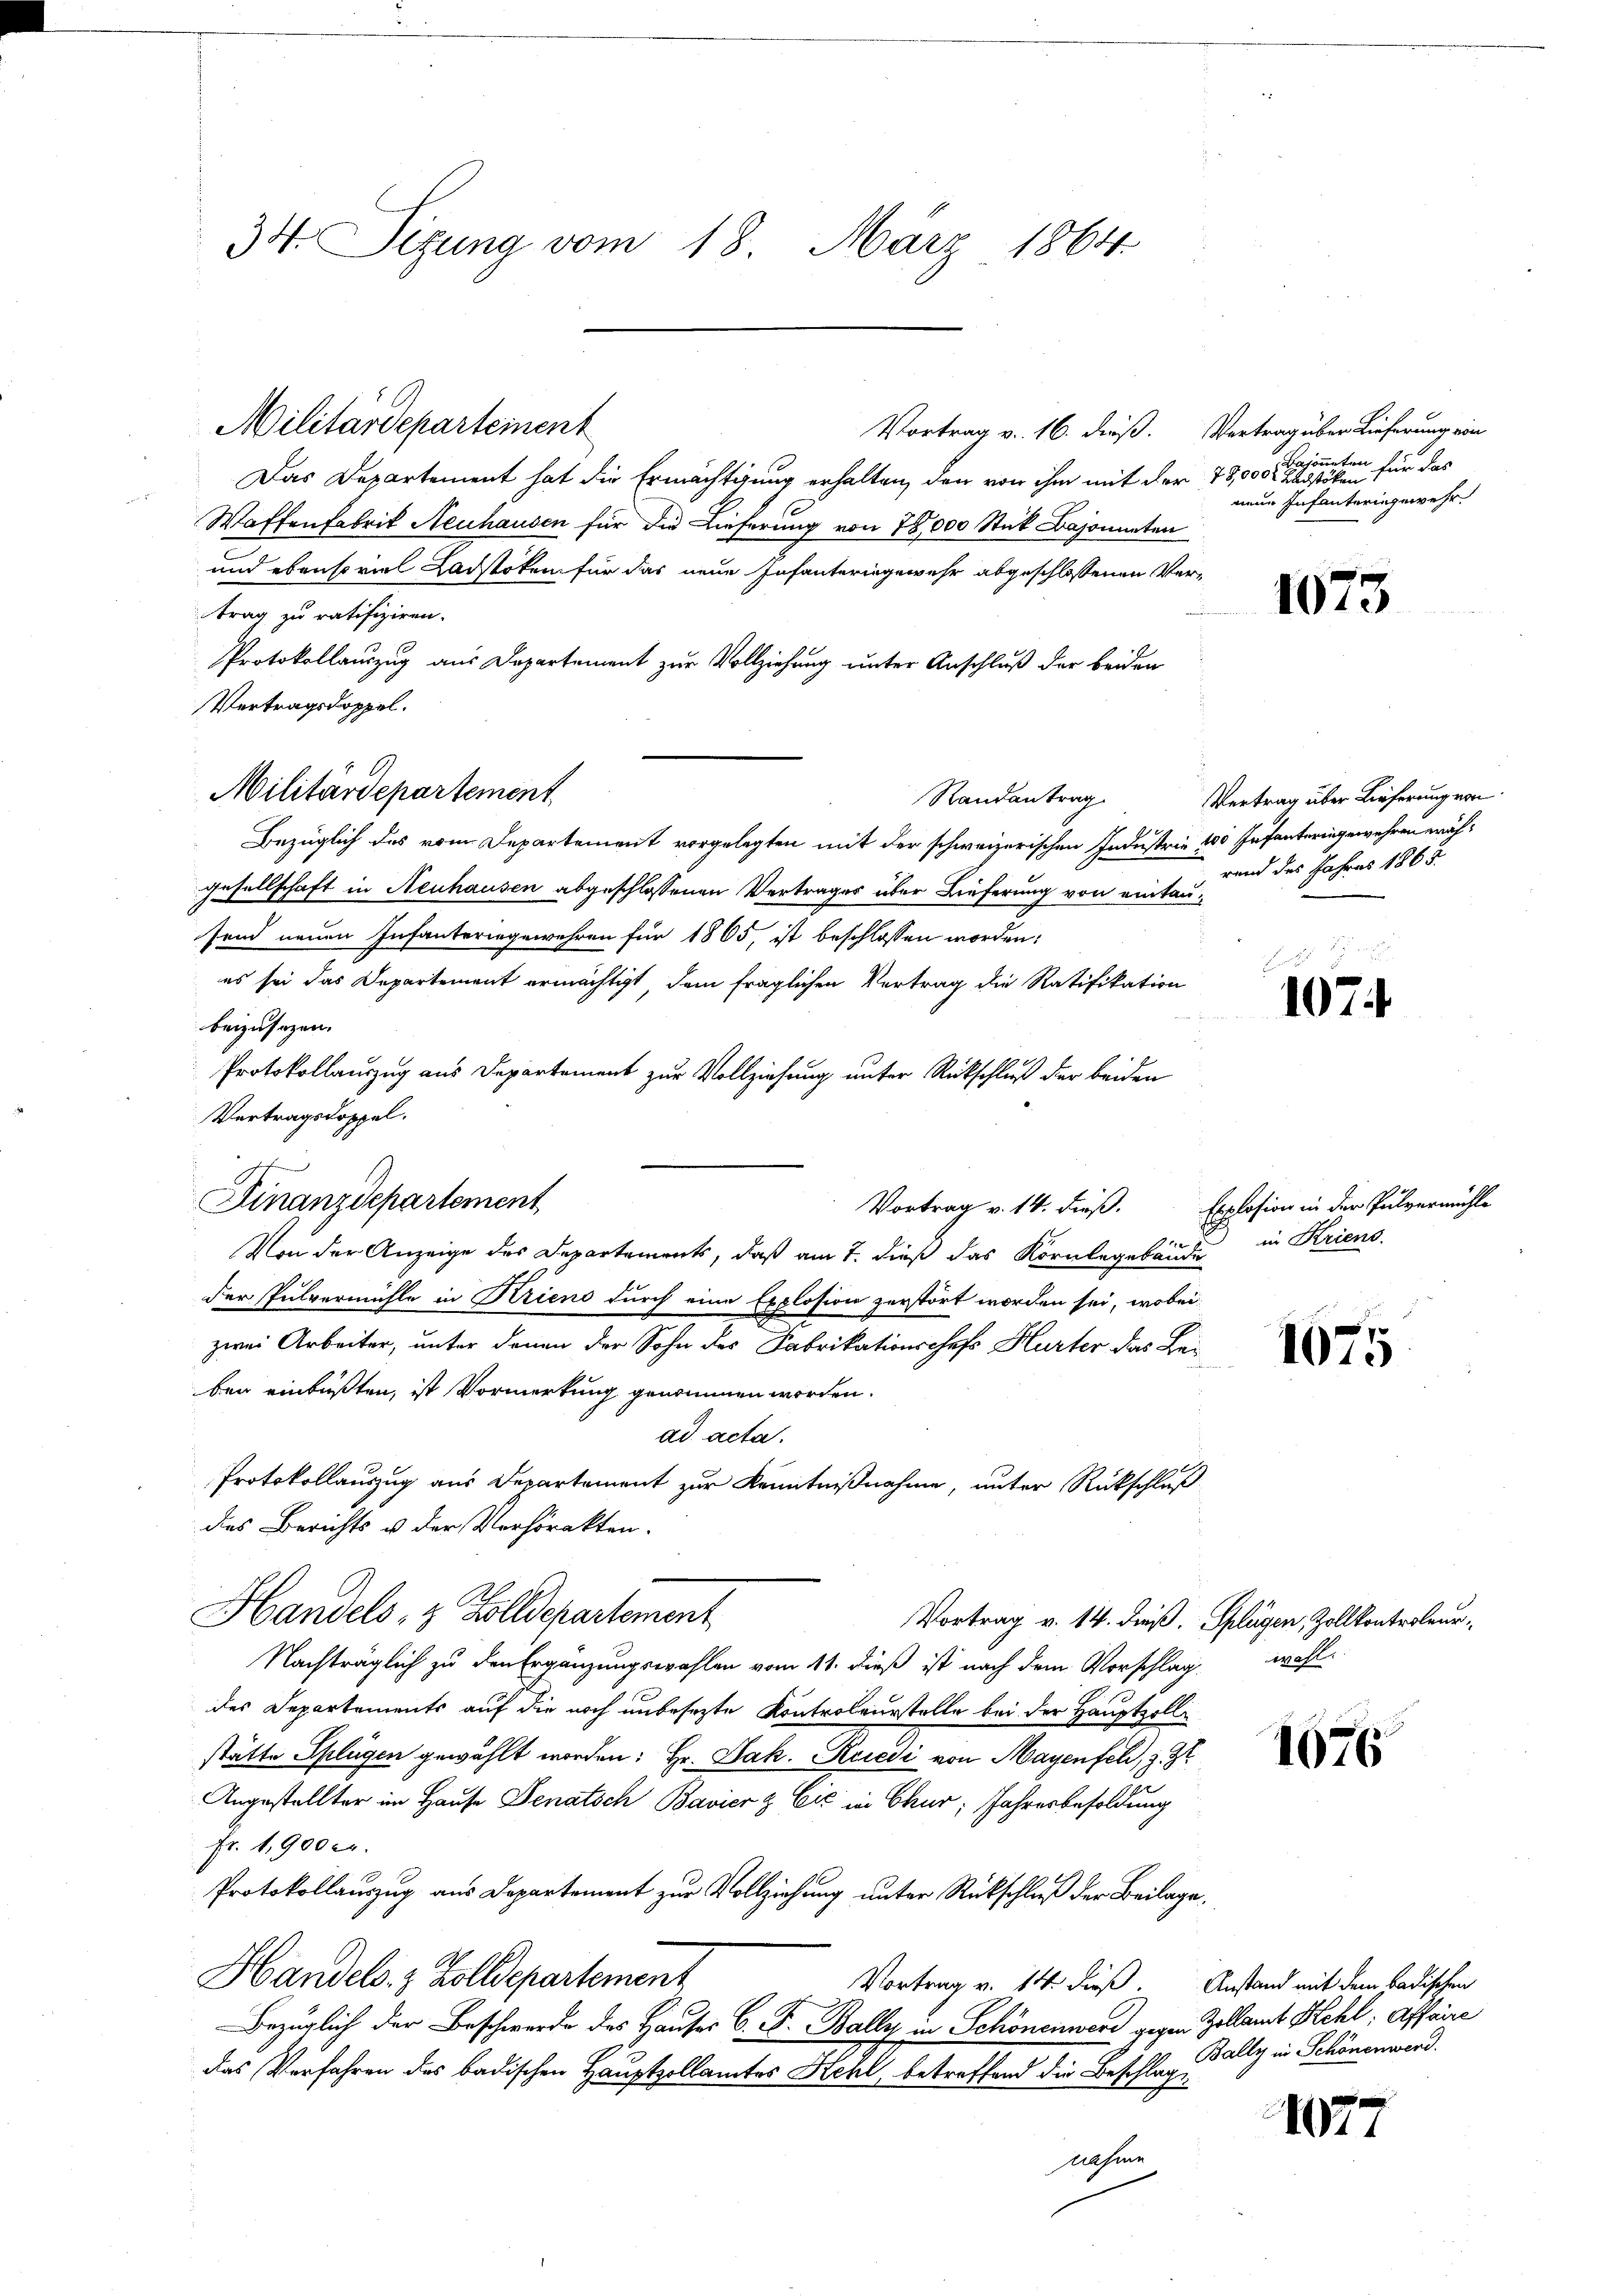
34. Sizung vom 18. März 1864.

Vortrag v. 16. dieß. Vertrag über Lieferung von
Das Departement hat die Ermächtigung erhalten, den von ihm mit der 78,000 Radstöcken

Waffenfabrik Neuhausen für die Lieferung von 78,000 Stück Bajonnaten
und ebensoviel Ladstoken für das neue Infanteringewehr abgeschlossenen Vertrag zu ratifiziren.
Protokollauszug aus Departement zur Vollziehung unter Anschluß der beiden
Vertragsdoppel.
Randantrag
Bezüglich des vom Departement vorgelegten mit der schweizerischen Industrie 100 Infanteringewehren wähgesellschaft in Neuhausen abgeschlossenen Vertrages über Lieferung von eintausend neuen Infanteringewehren für 1865, ist beschlossen worden:
es sei das Departement ermächtigt, dem fraglichen Vertrag die Ratifikation
beizusagen.
Protokollauszug aus Departement zur Vollziehung unter Rückschluß der beiden
Vertragsdoppel.
Vortrag v. 14. dieß.
Von der Anzeige des Departements, daß am 7. dieß das Kornlegebäude
der Pulvermühle in Krieno durch eine Explosion zerstört worden sei, wobei
zwei Arbeiter, unter denen der Sohn des Fabrikationschefs Hurter das Leben einbüßten, ist Vormerkung genommen worden.
ad acta.
Protokollauszug aus Departement zur Kenntnißnahme, unter Rückschluß
das Berichts u der Verhörakten.
Handels- & Zolldepartement
Vortrag v. 14. dieß. Splügen, Zollkontroleur,
Nachträglich zu den Ergänzungswahlen vom 11. dieß ist nach dem Vorschlag wohl
des Departements auf die noch unbesezte Kontroleurstelle bei der Hauptzollstätte Splügen gewählt worden: Hr. Jak. Kredi von Mayenfel, z. Zt
u
Angestellter im Hause Senatsch Bavier & Cić in Chur; Jahresbesoldung
Fr. 1900 er
Protokollauszug aus Departement zur Vollziehung unter Rückschluß der Beilage¬
Handels- & Zolldepartement
Vortrag v. 14. dieß. Anstand mit dem badischen
Bezüglich der Beschwerde des Hauses C. F. Bally in Schönenwerd gegen Zollamt Kehl; Affaire
das Verfahren des badischen Hauptzollamtes Hehl, betreffend die Beschlagsnahme

Militärdeparteinent

Militärdepartement

2
Finanzdepartement

Bajoneten für das
neue Infanteringewehr.

1075

Vertrag über Lieferung von
rand des Jahres 1865.

107.

Explosion in der Pulvermühle
in Kriens.

1675

1076

1077

Bally in Schönenwerd.